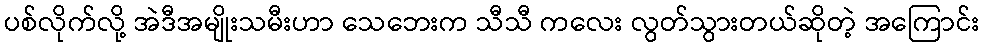
ပစ်လိုက်လို့ အဲဒီအမျိုးသမီးဟာ သေဘေးက သီသီ ကလေး လွတ်သွားတယ်ဆိုတဲ့ အကြောင်း